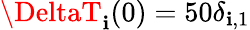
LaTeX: \DeltaT_{\mathbf{i}}(0)=50\delta_{\mathbf{i},1}